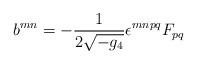
LaTeX: \begin{align*}b^{mn} = -\frac{1}{2\sqrt{-g_{4}}}\epsilon^{mnpq}F_{pq}\end{align*}